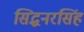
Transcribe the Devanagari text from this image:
सिद्धनरसिंह